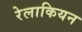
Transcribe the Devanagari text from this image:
रेलाकियन